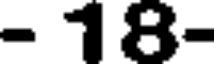
- 18-